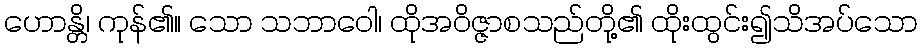
ဟောန္တိ၊ ကုန်၏။ သော သဘာဝေါ၊ ထိုအဝိဇ္ဇာစသည်တို့၏ ထိုးထွင်း၍သိအပ်သော